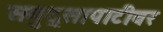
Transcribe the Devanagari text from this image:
समुद्र्सापाटीवर